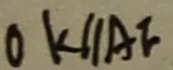
O K / / A F